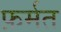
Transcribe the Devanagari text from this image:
फ़र्मत